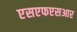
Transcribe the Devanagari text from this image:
एसएफएसआर